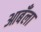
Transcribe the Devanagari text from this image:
आबँला